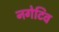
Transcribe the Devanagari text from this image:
नगेटिव